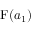
\mathrm { F } ( a _ { 1 } )